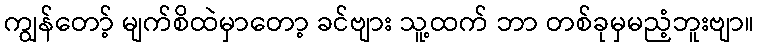
ကျွန်တော့် မျက်စိထဲမှာတော့ ခင်ဗျား သူ့ထက် ဘာ တစ်ခုမှမညံ့ဘူးဗျာ။